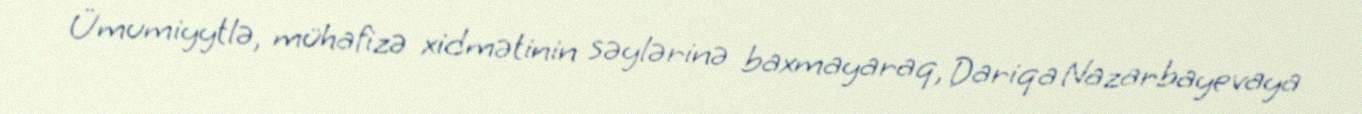
Ümumiyytlə, mühafizə xidmətinin səylərinə baxmayaraq, Dariqa Nazarbayevaya